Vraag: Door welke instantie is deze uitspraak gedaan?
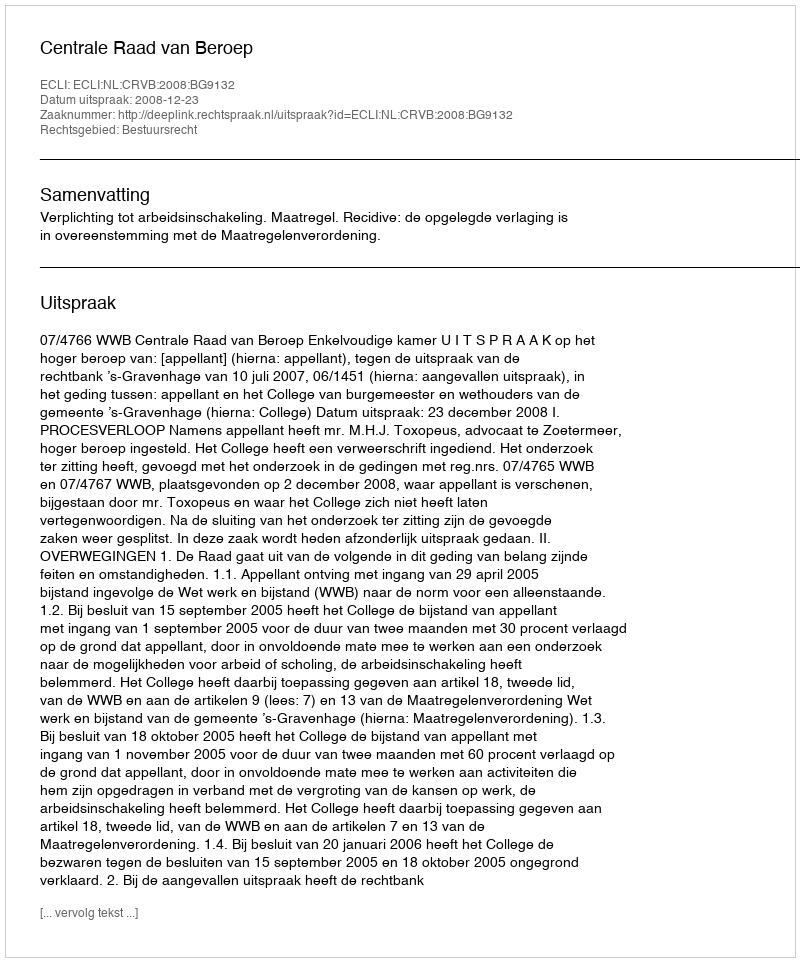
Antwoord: Centrale Raad van Beroep